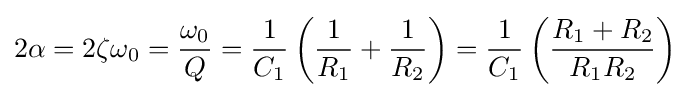
2\alpha =2\zeta \omega _{0}={\frac {\omega _{0}}{Q}}={\frac {1}{C_{1}}}\left({\frac {1}{R_{1}}}+{\frac {1}{R_{2}}}\right)={\frac {1}{C_{1}}}\left({\frac {R_{1}+R_{2}}{R_{1}R_{2}}}\right)